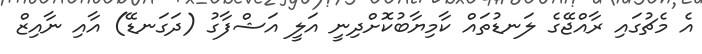
އެ މެޗުގައި ރާއްޖޭގެ ލަނޑުތައް ކާމިޔާބުކޮށްދިނީ އަލީ އަޝްފާގު (ދަގަނޑޭ) އާއި ނާއިޒް